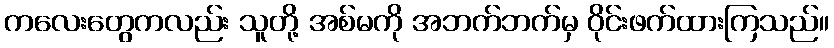
ကလေးတွေကလည်း သူတို့ အစ်မကို အဘက်ဘက်မှ ဝိုင်းဖက်ထားကြသည်။